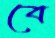
বে